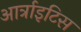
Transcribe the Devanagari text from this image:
आर्त्राइटिस